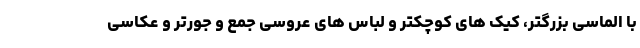
با الماسی بزرگتر، کیک های کوچکتر و لباس های عروسی جمع و جورتر و عکاسی